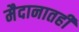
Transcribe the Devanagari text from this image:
मैदानातही